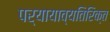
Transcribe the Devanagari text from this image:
पर्यायाव्यतिरिक्त